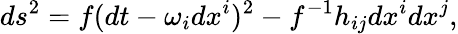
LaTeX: ds^{2}=f(dt-\omega_{i}dx^{i})^{2}-f^{-1}h_{ij}dx^{i}dx^{j},